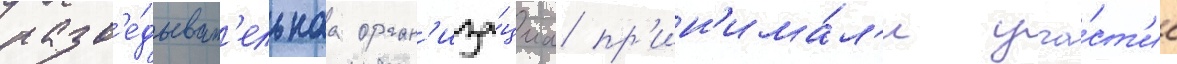
разв'е́дыват'ельнаа орган'иза́циа пр'ин'има́л'и уча́ст'ие